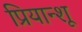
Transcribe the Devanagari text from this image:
प्रियान्शू